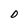
Character: D